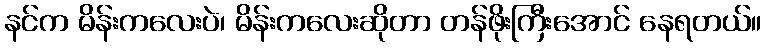
နင်က မိန်းကလေးပဲ၊ မိန်းကလေးဆိုတာ တန်ဖိုးကြီးအောင် နေရတယ်။